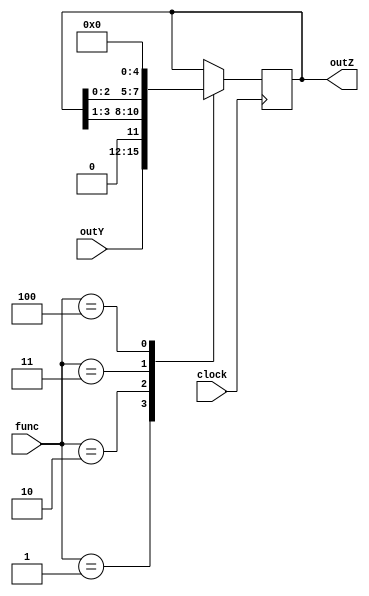
module registradorZ(clock, func, outY, outZ);

input wire clock;
input wire [2:0] func;
input wire [3:0] outY;
output reg [3:0] outZ;

parameter HOLD = 3'b000;
parameter LOAD = 3'b001;
parameter SHIFTR = 3'b010;
parameter SHIFTL = 3'b011;
parameter RESET = 3'b100;

always @(posedge clock)begin
	case(func)
		HOLD:
			outZ <= outZ;
		LOAD:
			outZ <= outY;
		SHIFTR:
			outZ <= outZ >> 1;
		SHIFTL:
			outZ <= outZ << 1;
		RESET:
			outZ <= 4'b0000;
	endcase
end
endmodule